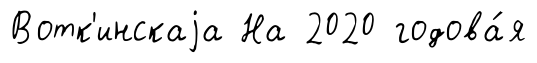
Вотк'инскаjа На 2020 годова́я